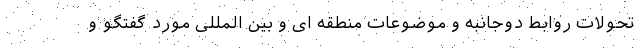
تحولات روابط دوجانبه و موضوعات منطقه ای و بین المللی مورد گفتگو و